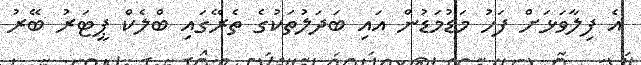
އެ ފިލާވަޅަށް ފަހު މަޑުމަޑުން އައި ބަދަލުތަކުގެ ތެރޭގައި ބްލެކް ޕީޓަރު ބޭރު